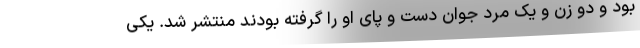
بود و دو زن و یک مرد جوان دست و پای او را گرفته بودند منتشر شد. یکی